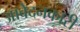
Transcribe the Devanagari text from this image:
आवेदनकारी